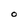
Character: O